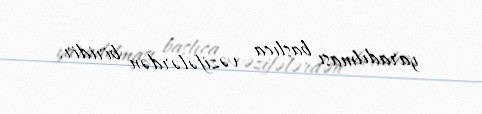
yaradılması başlıca vəzifələrdən biridir.